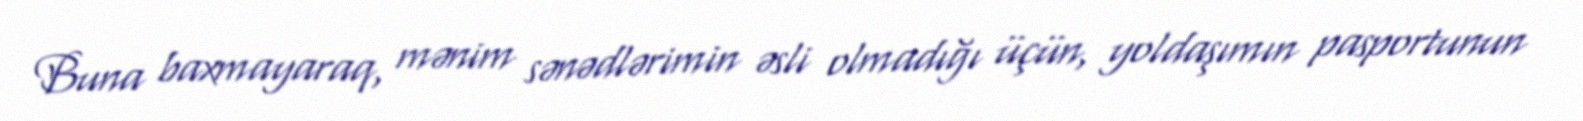
Buna baxmayaraq, mənim sənədlərimin əsli olmadığı üçün, yoldaşımın pasportunun